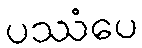
ပဿံပေ